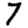
Digit: 7